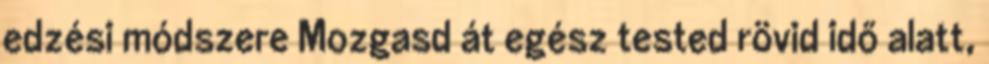
edzési módszere Mozgasd át egész tested rövid idő alatt,